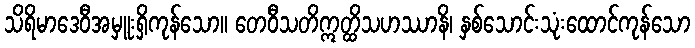
သိရိမာဒေဝီအမှူးရှိကုန်သော။ တေဝီသတိဣတ္ထိသဟဿာနိ၊ နှစ်သောင်းသုံးထောင်ကုန်သော